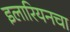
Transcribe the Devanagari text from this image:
इलारियनचा